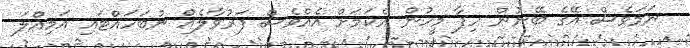
ނަމަވެސް އޭގެ ބޭނުން ހިފާ މީހުން އެކަމަށް އެއްވެސް ފަރުވާލެއް ނުބަހައްޓައި އަމިއްލަ